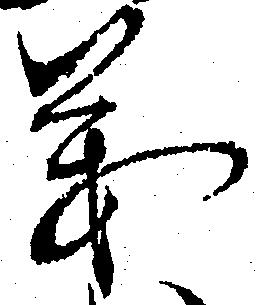
義